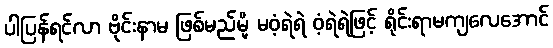
ပါပြန်ရင်လာ ဗိုင်းနာမ ဖြစ်မည်မို့ မဝံ့ရဲရဲ ဝံ့ရဲရဲဖြင့် ရိုင်းရာမကျလေအောင်